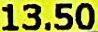
13.50